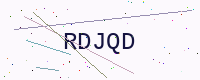
Text: RDJQD